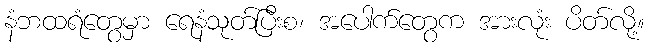
နံဘထရံတွေမှာ ရေနံသုတ်ပြီးစ၊ အပေါက်တွေက အားလုံး ပိတ်လို့။